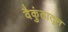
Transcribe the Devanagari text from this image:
वैकुंठातून